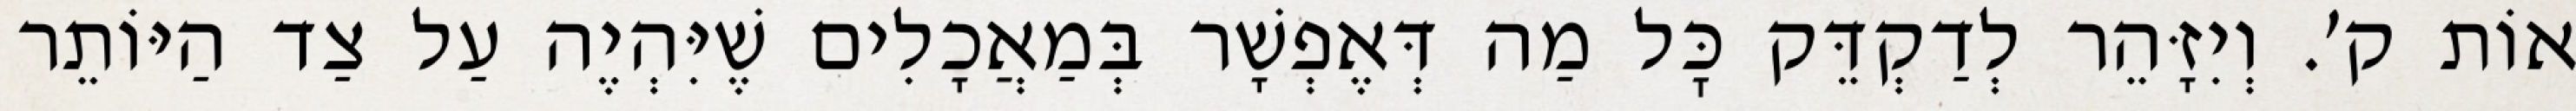
אוֹת ק׳. וְיִזָּהֵר לְדַקְדֵּק כׇּל מַה דְּאֶפְשָׁר בְּמַאֲכָלִים שֶׁיִּהְיֶה עַל צַד הַיּוֹתֵר